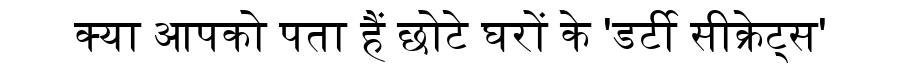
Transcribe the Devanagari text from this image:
क्या आपको पता हैं छोटे घरों के 'डर्टी सीक्रेट्स'